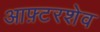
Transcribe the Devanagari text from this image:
आफ़्टरशेव